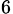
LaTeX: _\mathrm{6}